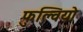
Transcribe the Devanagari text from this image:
फुल्वियो